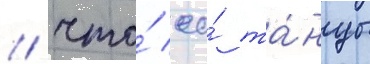
/ что́ ео́ та́нцы